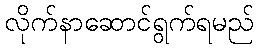
လိုက်နာဆောင်ရွက်ရမည်